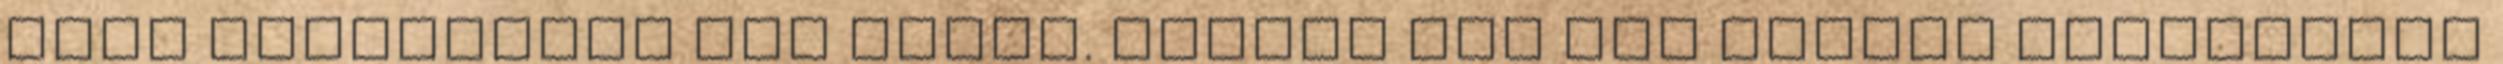
boss megfagyott egy körre. RenAit még egy kicsit tartalékba